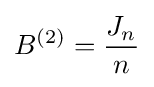
B^{(2)}={\frac {J_{n}}{n}}